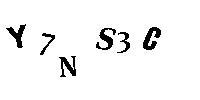
Y7NS3C